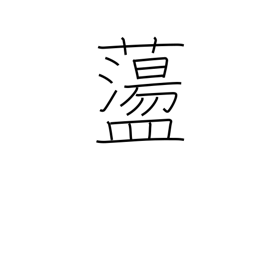
Meaning: to toss about